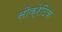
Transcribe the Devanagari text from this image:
सौक्रेटिक